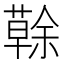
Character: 𦾠